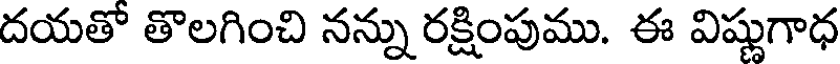
దయతో తొలగించి నన్ను రక్షింపుము. ఈ విష్ణుగాధ